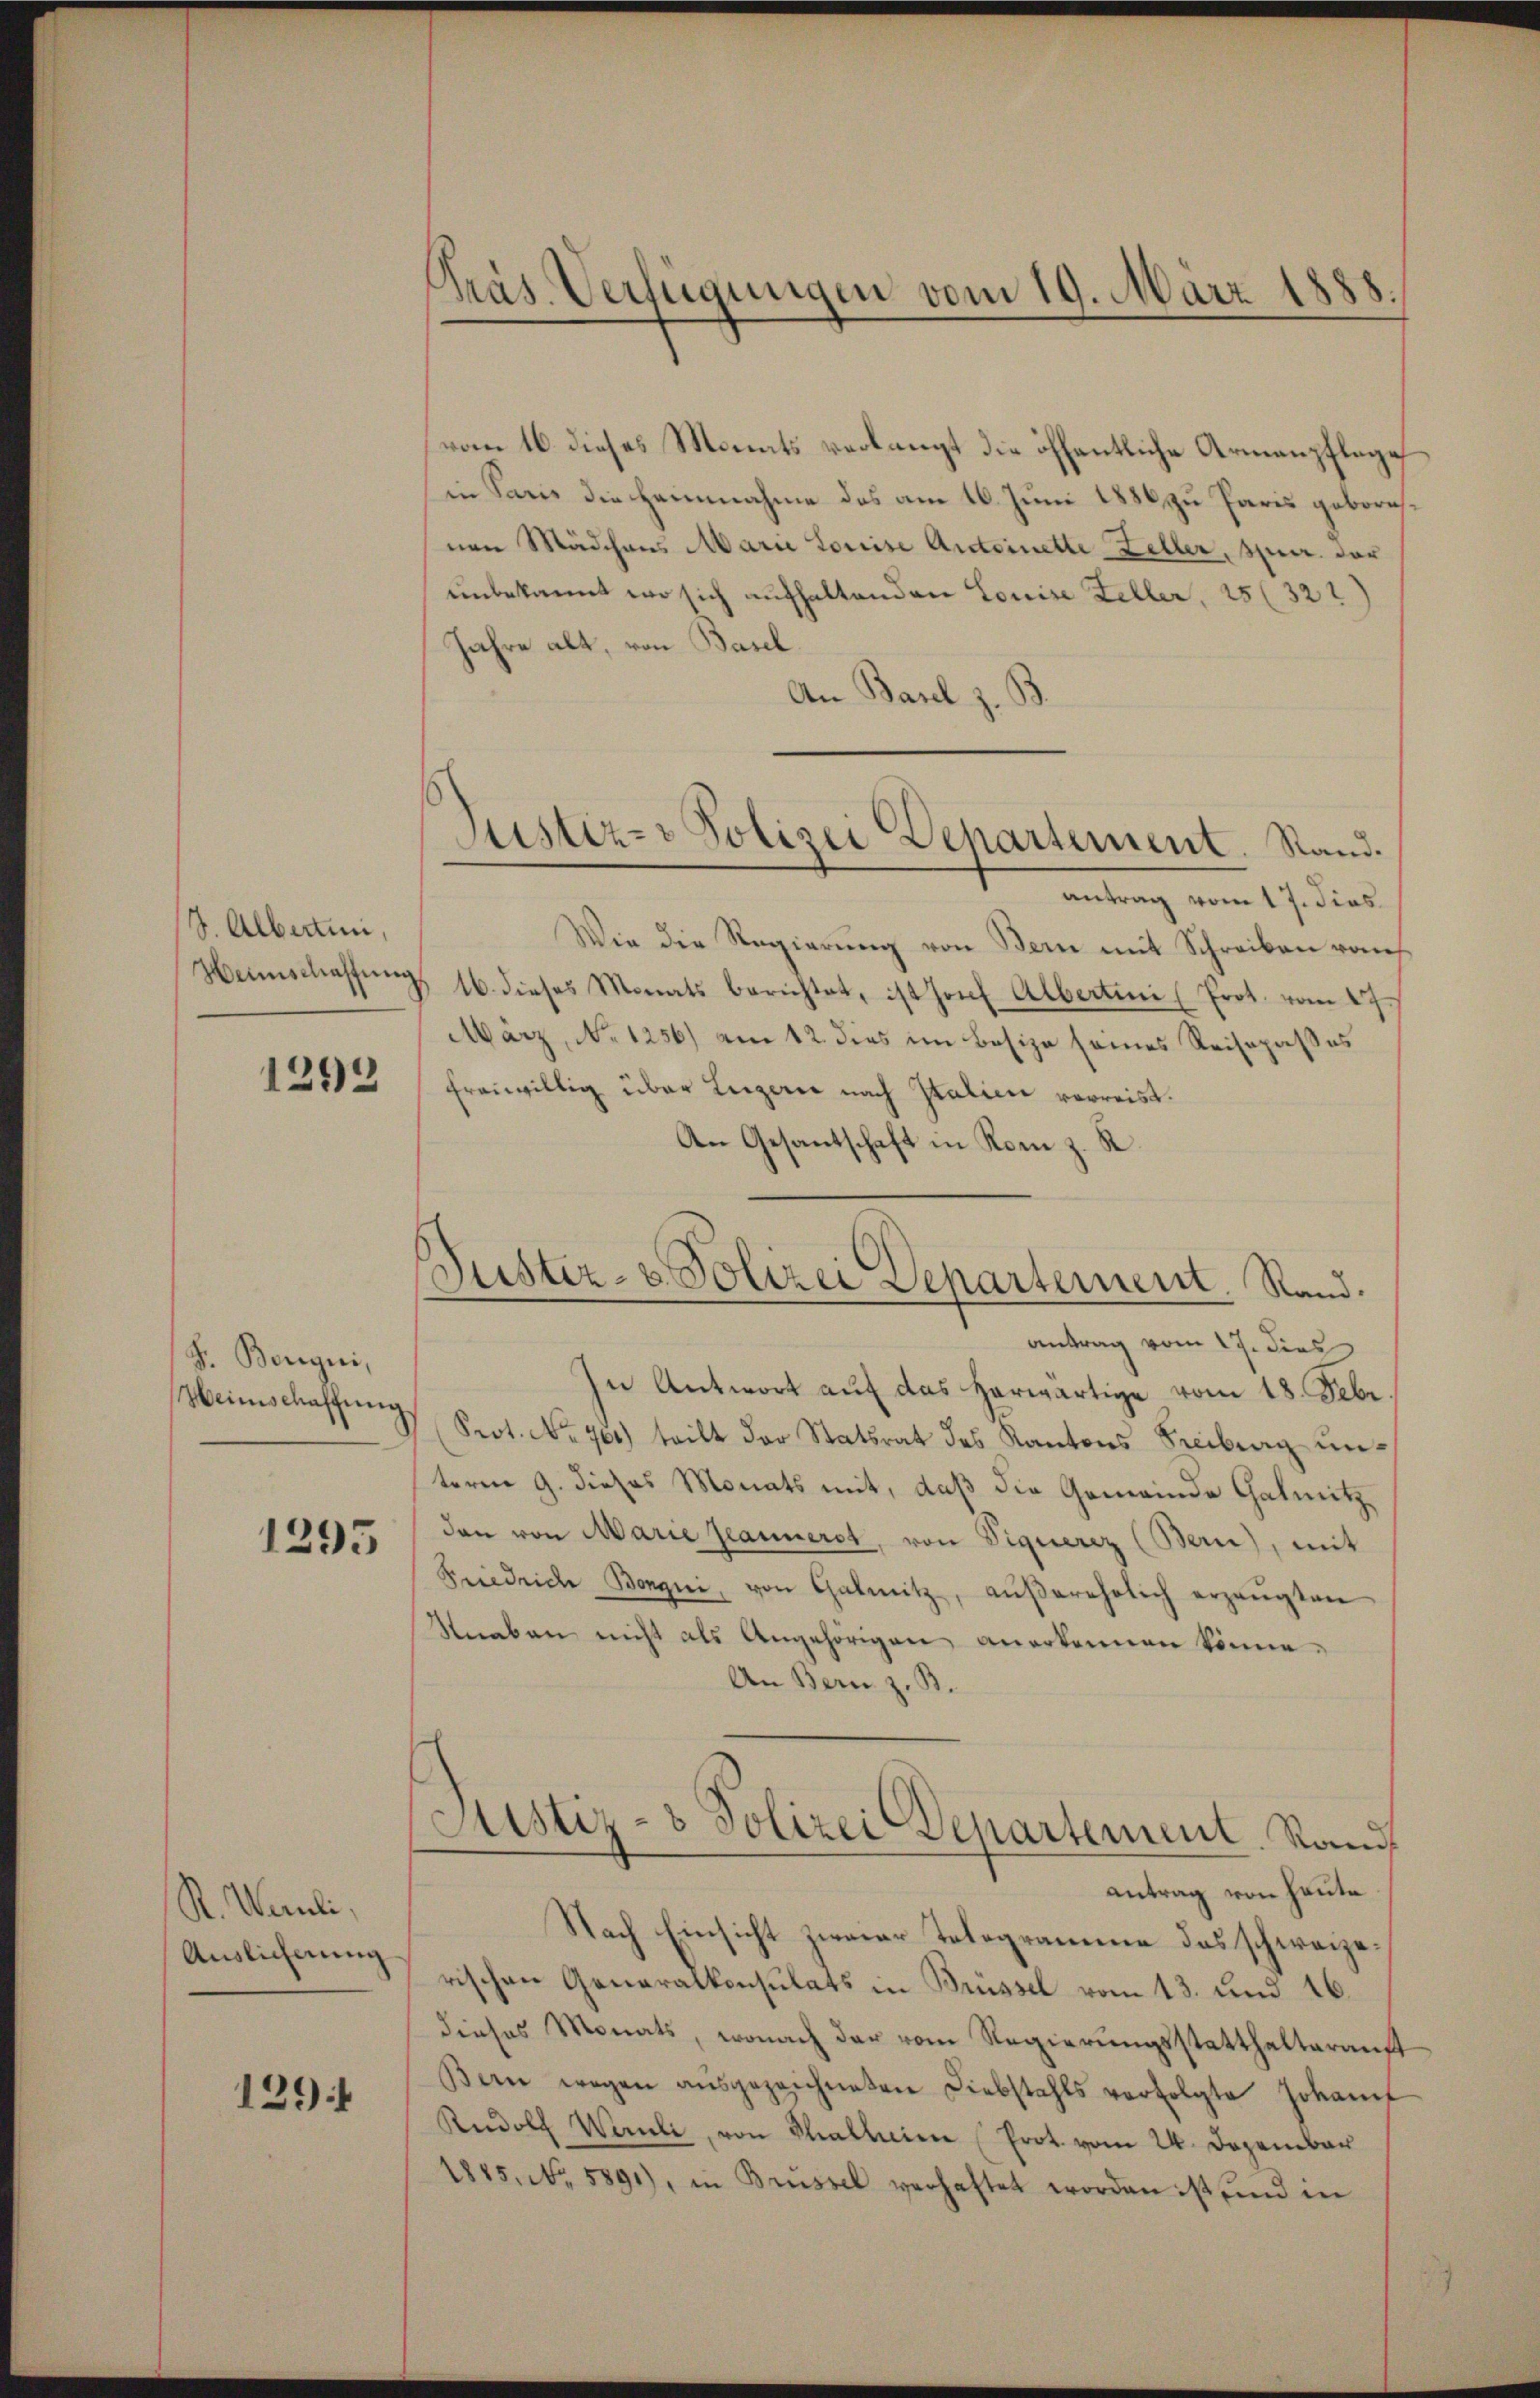
J. Alberten,

1293

F. Beregii,
Weinschaffung

1295

R. Waruli.
Auslicherung

129f

vom 16. dieses Monats verlangt die öffentliche Armenpflege
in Paris die Heinnahme des am 16. Juni 1886 zu Paris geborenen Mädchens Marie Louise Antoinette Zeller, sper der
unbekannt wo sich aufhaltenden Louise Feller, 25 (322)
Jahre alt, von Basel.
An Basel z. B.
antrag vom 17. dies
Wie die Regierung von Bern mit Schreiben von
Weinschaffŭng 16. dieses Monats berichtet, ist hof Albertini (Prot. vom 27.
März, No 1256) am 12. dies im Besize seines Reisepaßes
freiwillig über Luzerne nach Italien verreist.
An Gesantschaft in Rom z. R.
antrag vom 17. dies
In Antwort auf das herwärtige vom 18. Febr.
Prot. No. 704) teilt der Statsrat des Kantons Freiburg unteren 9. dieses Monats mit, daß die Gemeinde Galmitzden von Marie geannerst, von Siquerez (Bern), mit
Friedriche Bongni, von Galmitz, aŭβerehelich erzeŭgten
Stnaben nicht als Angehörigen anerkennen könne.
An Bern z. B.
Justiz- & Polizei Departement. Rand
antrag von heute
Nach Einsicht zweier Telegramme das schweizerischen Generalkonsulats in Brüssel vom 13. und 16.
dieses Monats, wonach der vom Regierungsstatthalterauft
Bern wegen ausgezeichneten Diebstahls verfolgte Johanf
Rudolf Wernle, von Thallein (Prot. vom 24. Dezember
1845. No. 5891), in Brüssel verhaftet worden ist und in

Präs. Verfügungen vom 19. März 1888.

Justiz- & Polizei Departement. Stand.

uster- & Polizei Departement. Rand.